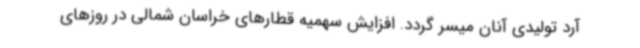
آرد تولیدی آنان میسر گردد. افزایش سهمیه قطارهای خراسان شمالی در روزهای